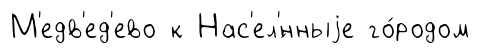
М'едв'ед'ево к Нас'ел'́нныjе го́родом